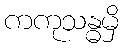
ကကုသန္ဓမှိ